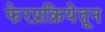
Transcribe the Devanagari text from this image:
फेरप्रक्रियेतून